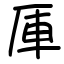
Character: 厙